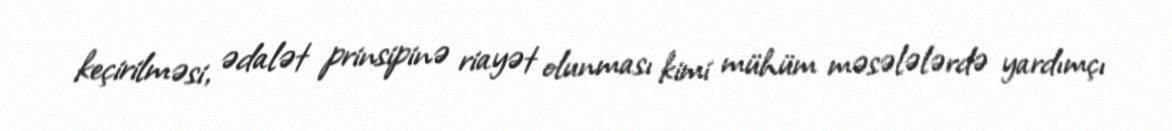
keçirilməsi, ədalət prinsipinə riayət olunması kimi mühüm məsələlərdə yardımçı